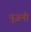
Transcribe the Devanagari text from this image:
पूजनी